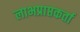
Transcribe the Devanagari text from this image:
लाभप्राप्तकर्ता